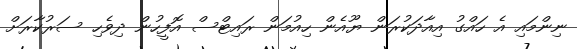
ނިންމައި އެ ހައްގު އިއާދަކުރަން ޔޫއެން ހިއުމަން ރައިޓްސް އޮފީހުން ދިވެހި ސަރުކާރަށް